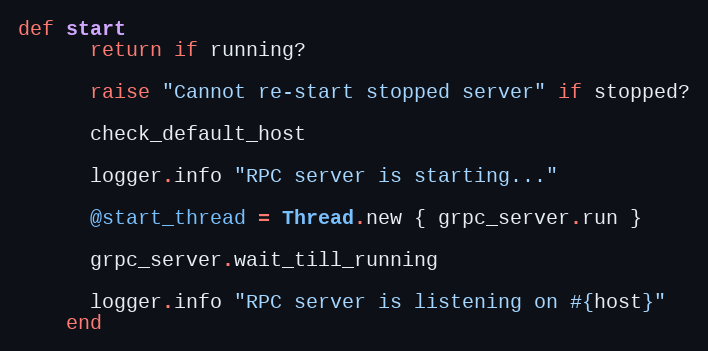
Language: Ruby
def start
      return if running?

      raise "Cannot re-start stopped server" if stopped?

      check_default_host

      logger.info "RPC server is starting..."

      @start_thread = Thread.new { grpc_server.run }

      grpc_server.wait_till_running

      logger.info "RPC server is listening on #{host}"
    end